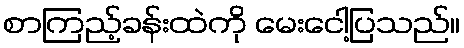
စာကြည့်ခန်းထဲကို မေးငေါ့ပြသည်။